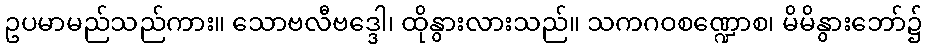
ဥပမာမည်သည်ကား။ သောဗလီဗဒ္ဒေါ၊ ထိုနွားလားသည်။ သကဂဝစဏ္ဍောစ၊ မိမိနွားဘော်၌